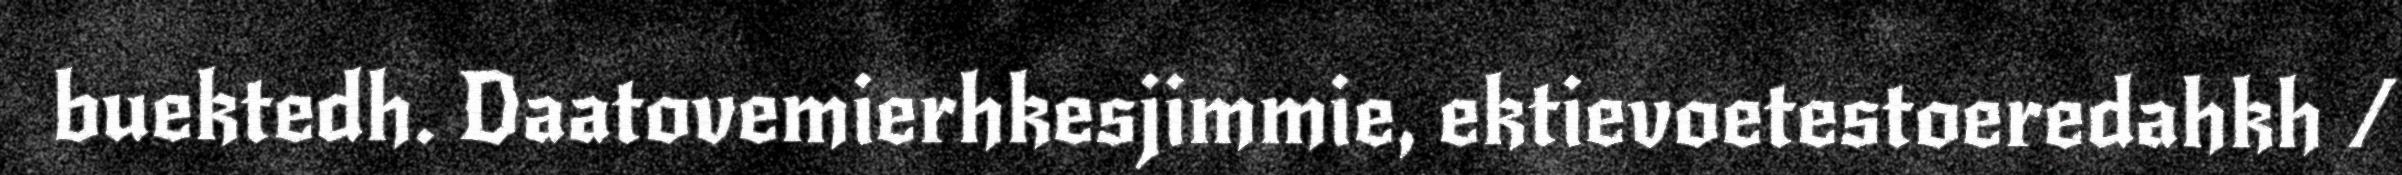
buektedh. Daatovemierhkesjimmie, ektievoetestoeredahkh /